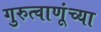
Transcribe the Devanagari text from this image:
गुरुत्वाणूंच्या